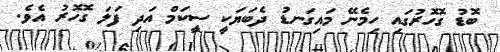
ބޮޑު ގޮހޮރުގައި ހިމެނޭ މައިގަނޑު ދެބަޔަކީ ސީކަމް އަދި ފަލަ ގޮހޮރު އެވެ.